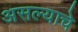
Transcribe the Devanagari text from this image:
असल्‍याचे